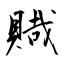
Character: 賳